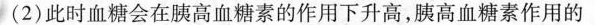
(2)此时血糖会在胰高血糖素的作用下升高，胰高血糖素作用的